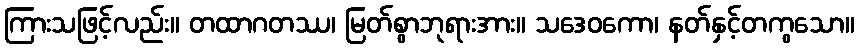
ကြားသဖြင့်လည်း။ တထာဂတဿ၊ မြတ်စွာဘုရားအား။ သဒေဝကော၊ နတ်နှင့်တကွသော။